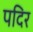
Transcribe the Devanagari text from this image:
पदिर